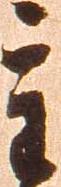
重